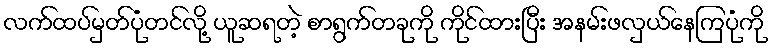
လက်ထပ်မှတ်ပုံတင်လို့ ယူဆရတဲ့ စာရွက်တခုကို ကိုင်ထားပြီး အနမ်းဖလှယ်နေကြပုံကို